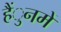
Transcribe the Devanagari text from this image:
हैंुनमें